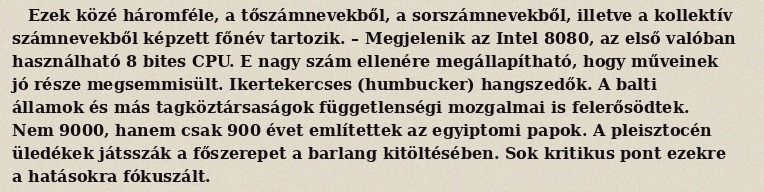
Ezek közé háromféle, a tőszámnevekből, a sorszámnevekből, illetve a kollektív számnevekből képzett főnév tartozik. – Megjelenik az Intel 8080, az első valóban használható 8 bites CPU. E nagy szám ellenére megállapítható, hogy műveinek jó része megsemmisült. Ikertekercses (humbucker) hangszedők. A balti államok és más tagköztársaságok függetlenségi mozgalmai is felerősödtek. Nem 9000, hanem csak 900 évet említettek az egyiptomi papok. A pleisztocén üledékek játsszák a főszerepet a barlang kitöltésében. Sok kritikus pont ezekre a hatásokra fókuszált.